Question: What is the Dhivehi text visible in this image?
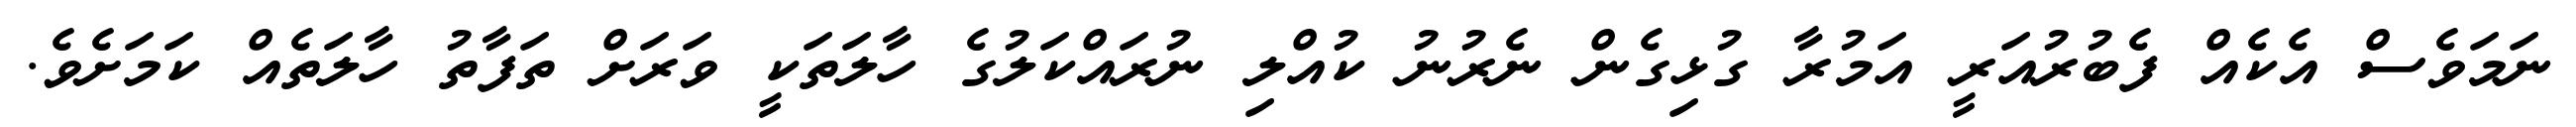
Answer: ނަމަވެސް އެކެއް ފެބުރުއަރީ އަމުރާ ގުޅިގެން ނެރުނު ކުއްލި ނުރައްކަލުގެ ހާލަތަކީ ވަރަށް ތަފާތު ހާލަތެއް ކަމަށެވެ.